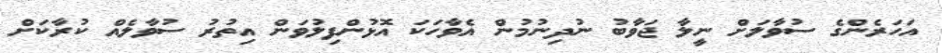
އަހަރެންގެ ސުވާލަށް ނީލާ ޖަވާބު ނުދިނުމުން އެވާހަކަ އޮޅުންފިލުވަން އިތުރު ސުވާލެއް ކުރާކަށް